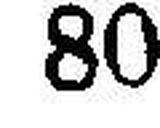
80